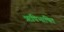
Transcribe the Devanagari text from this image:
ऋषिभाषित